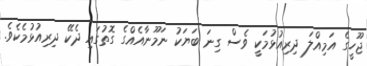
ޖޫހީގެ އަމިއްލަ ދިރިއުޅުމަކީ ވެސް ގިނަ ބަޔަކު ނަމޫނާއެއްގެ ގޮތުގައި ދެކޭ ދިރިއުޅުމެކެވެ.